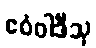
ဧဝံဝါဒီသု